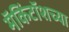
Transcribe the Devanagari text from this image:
मॅकिंटॉशच्या